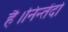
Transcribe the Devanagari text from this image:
है।निन्तेंदो